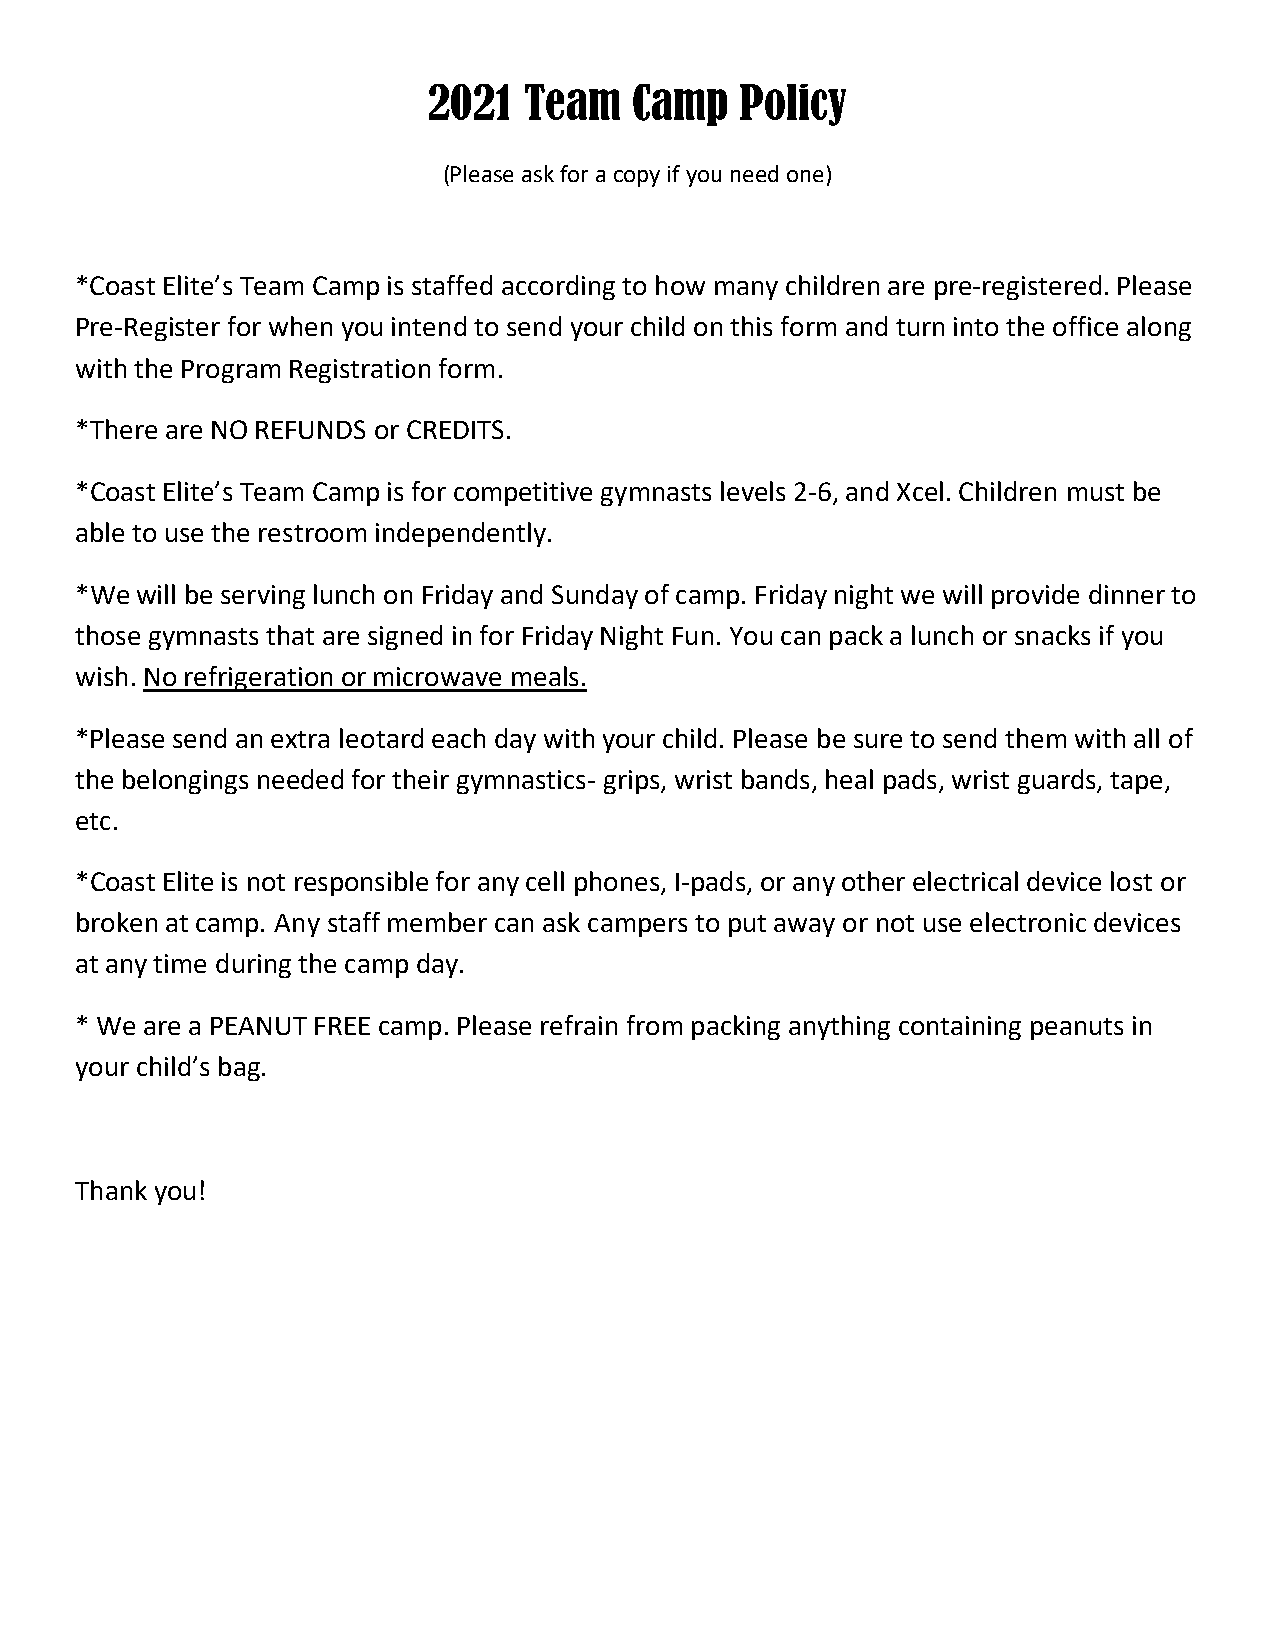
2021   Team   Camp   Policy
 (Please ask for a copy if you need one)
 *Coast Elite’s Team Camp is staffed according to how many children are pre-registered. Please
 Pre-Register for when you intend to send your child on this form and turn into the office along
 with the Program Registration form.
 *There are NO REFUNDS or CREDITS.
 *Coast Elite’s Team Camp is for competitive gymnasts levels 2-6, and Xcel. Children must be
 able to use the restroom independently.
 *We will be serving lunch on Friday and Sunday of camp. Friday night we will provide dinner to
 those gymnasts that are signed in for Friday Night Fun. You can pack a lunch or snacks if you
 wish. No refrigeration or microwave meals.
 *Please send an extra leotard each day with your child. Please be sure to send them with all of
 the belongings needed for their gymnastics- grips, wrist bands, heal pads, wrist guards, tape,
 etc.
 *Coast Elite is not responsible for any cell phones, I-pads, or any other electrical device lost or
 broken at camp. Any staff member can ask campers to put away or not use electronic devices
 at any time during the camp day.
 * We are a PEANUT FREE camp. Please refrain from packing anything containing peanuts in
 your child’s bag.
 Thank you!